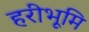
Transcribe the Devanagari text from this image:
हरीभूमि